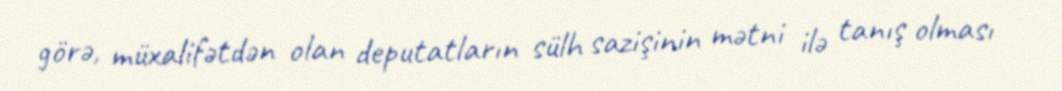
görə, müxalifətdən olan deputatların sülh sazişinin mətni ilə tanış olması